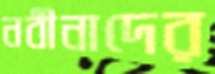
নবীনাদের